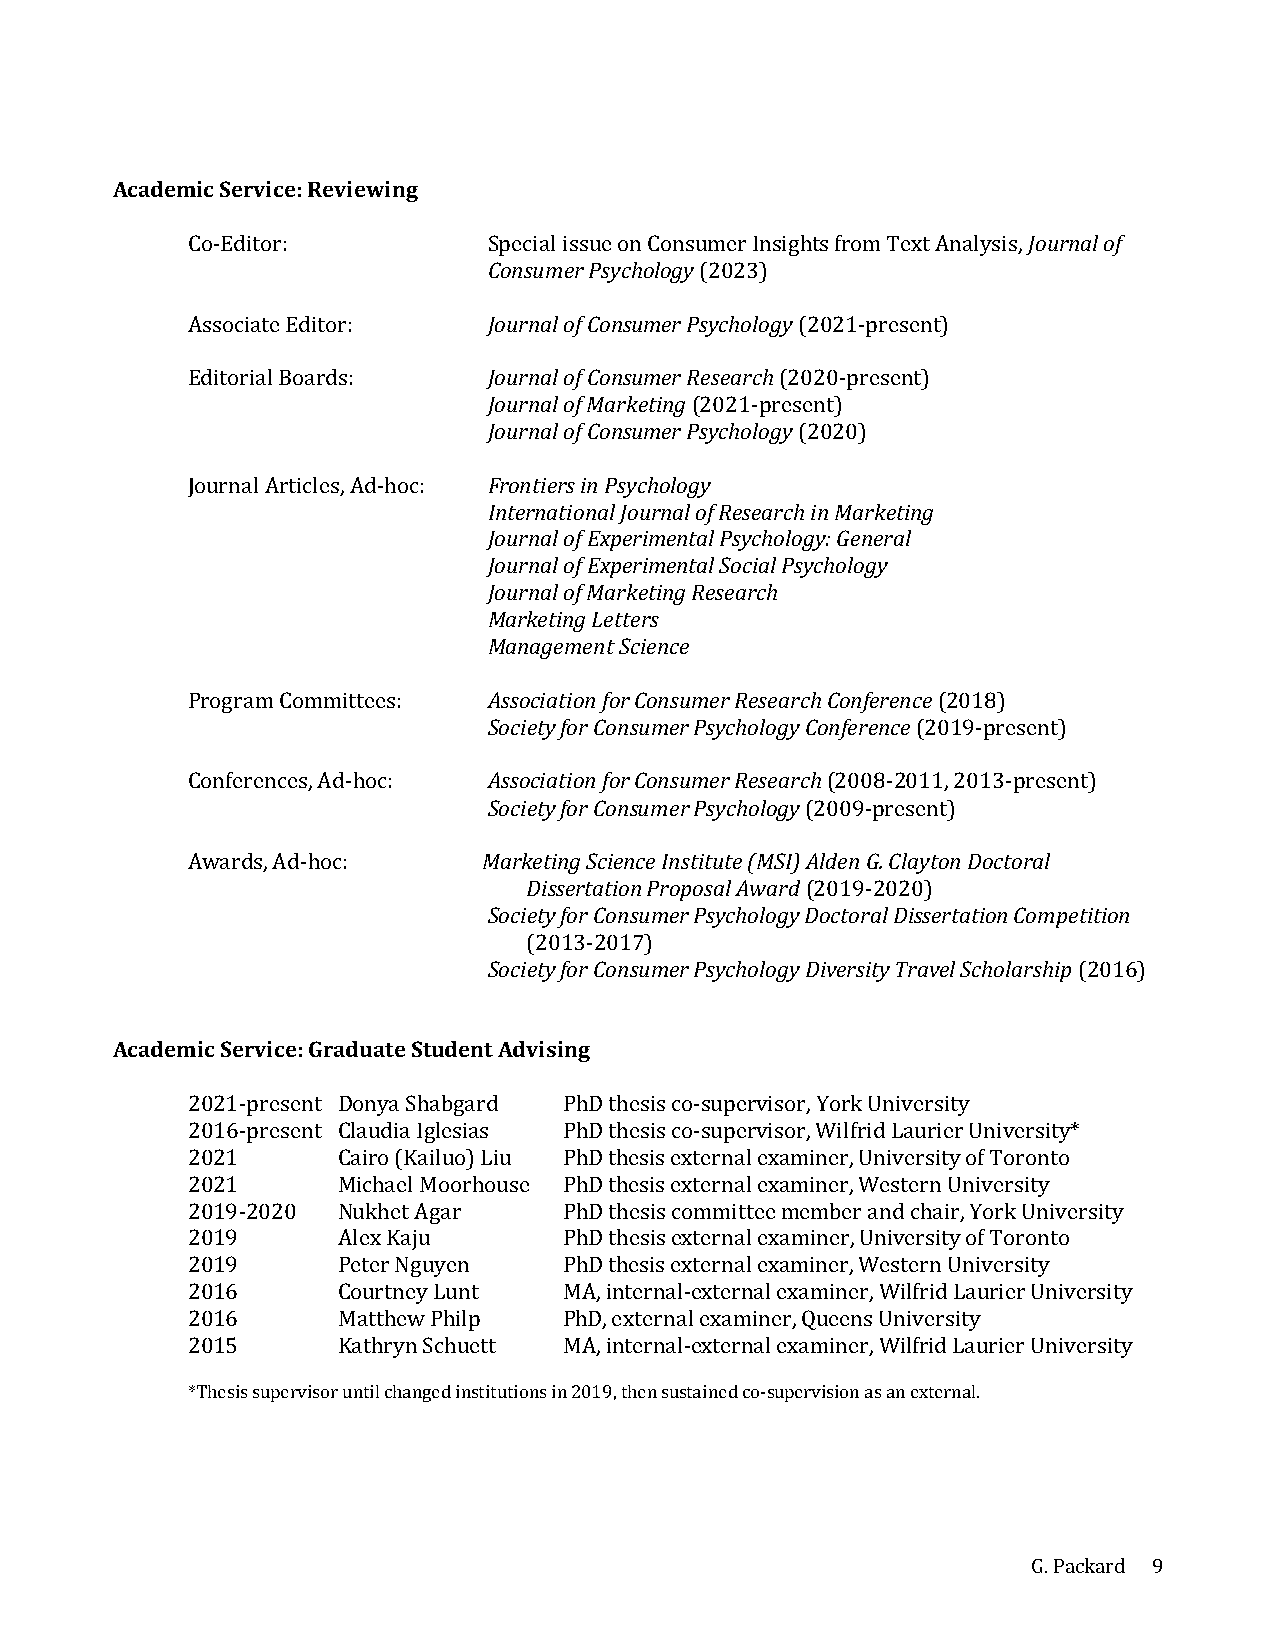
Academic Service: Reviewing
 Co-Editor:          Special issue on Consumer Insights from Text Analysis, Journal of
 Consumer Psychology (2023)
 Associate Editor:   Journal of Consumer Psychology (2021-present)
 Editorial Boards:   Journal of Consumer Research (2020-present)
 Journal of Marketing (2021-present)
 Journal of Consumer Psychology (2020)
 Journal Articles, Ad-hoc: Frontiers in Psychology
 International Journal of Research in Marketing
 Journal of Experimental Psychology: General
 Journal of Experimental Social Psychology
 Journal of Marketing Research
 Marketing Letters
 Management Science
 Program Committees: Association for Consumer Research Conference (2018)
 Society for Consumer Psychology Conference (2019-present)
 Conferences, Ad-hoc: Association for Consumer Research (2008-2011, 2013-present)
 Society for Consumer Psychology (2009-present)
 Awards, Ad-hoc:     Marketing Science Institute (MSI) Alden G. Clayton Doctoral
 Dissertation Proposal Award (2019-2020)
 Society for Consumer Psychology Doctoral Dissertation Competition
 (2013-2017)
 Society for Consumer Psychology Diversity Travel Scholarship (2016)
 Academic Service: Graduate Student Advising
 2021-present Donya Shabgard PhD thesis co-supervisor, York University
 2016-present Claudia Iglesias PhD thesis co-supervisor, Wilfrid Laurier University*
 2021      Cairo (Kailuo) Liu PhD thesis external examiner, University of Toronto
 2021      Michael Moorhouse PhD thesis external examiner, Western University
 2019-2020 Nukhet Agar    PhD thesis committee member and chair, York University
 2019      Alex Kaju      PhD thesis external examiner, University of Toronto
 2019      Peter Nguyen   PhD thesis external examiner, Western University
 2016      Courtney Lunt  MA, internal-external examiner, Wilfrid Laurier University
 2016      Matthew Philp  PhD, external examiner, Queens University
 2015      Kathryn Schuett MA, internal-external examiner, Wilfrid Laurier University
 *Thesis supervisor until changed institutions in 2019, then sustained co-supervision as an external.
 G. Packard 9